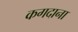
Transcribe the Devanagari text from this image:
कगदाना